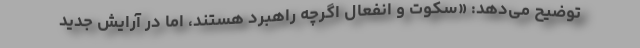
توضیح می‌دهد: «سکوت و انفعال اگرچه راهبرد هستند، اما در آرایش جدید